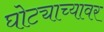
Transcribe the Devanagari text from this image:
घोट्याच्यावर